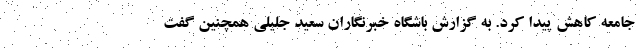
جامعه کاهش پیدا کرد. به گزارش باشگاه خبرنگاران سعید جلیلی همچنین گفت